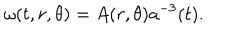
\omega ( t , r , \theta ) = A ( r , \theta ) a ^ { - 3 } ( t ) .